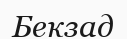
Бекзад